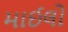
માઈલો